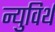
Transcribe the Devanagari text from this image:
न्युविर्थ